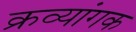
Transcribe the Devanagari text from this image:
क्रव्यांगक